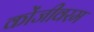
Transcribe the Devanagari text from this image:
कोंजीवरम